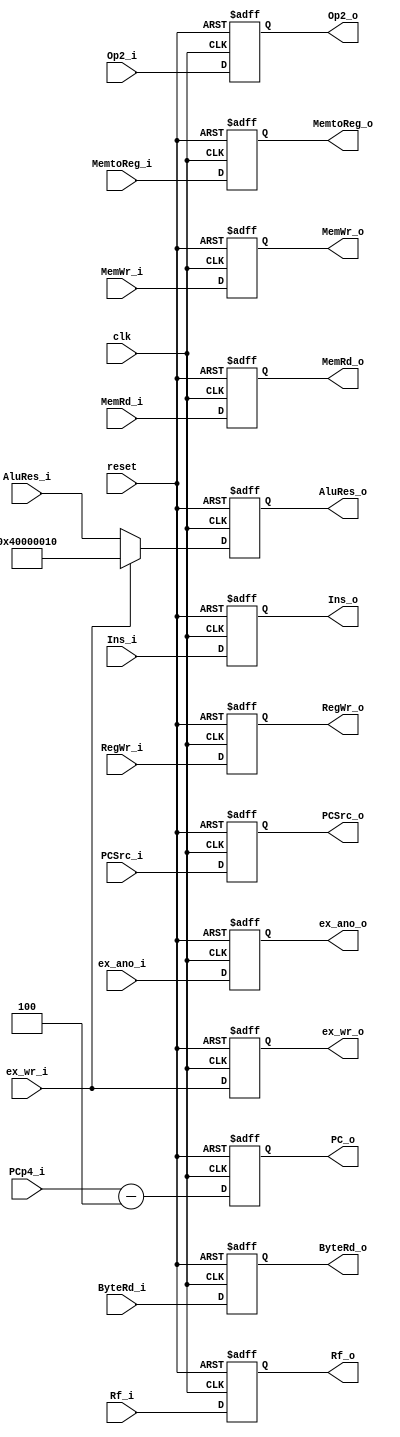
`timescale 1ns / 1ps
module RegEX_MEM(
    input reset, input clk, 
    // calculate
    input wire [31:0] AluRes_i,
    input wire [31:0] Op2_i,
    input wire [31:0] PCp4_i,
    // control
    input wire ex_wr_i,
    input wire [1:0] ex_ano_i,
    input MemWr_i, 
    input MemRd_i,
    input ByteRd_i,
    input wire [1:0] MemtoReg_i,
    input RegWr_i,
    input wire [1:0] PCSrc_i,
    // pipeline
    input wire [31:0] Ins_i,
    input wire [4:0] Rf_i,
    // =========================================
    output reg [31:0] AluRes_o,
    output reg [31:0] Op2_o,
    output reg [31:0] PC_o,
    output reg ex_wr_o,
    output reg [1:0] ex_ano_o,
    output reg MemWr_o, 
    output reg MemRd_o,
    output reg ByteRd_o,
    output reg [1:0] MemtoReg_o,
    output reg RegWr_o,
    output reg [1:0] PCSrc_o,
    output reg [4:0] Rf_o,
    output reg [31:0] Ins_o
    );
    
    always@(posedge reset or posedge clk) begin
        if (reset) begin
            AluRes_o <= 0;
            ex_wr_o <= 0;
            ex_ano_o <= 0;
            MemWr_o <= 0;
            MemRd_o <= 0;
            ByteRd_o <= 0;
            PC_o <= 0;
            MemtoReg_o <= 2'b00;
            RegWr_o <= 0;
            PCSrc_o <= 2'b00;
            Rf_o <= 0;
            Ins_o <= 0;
            Op2_o <= 0;
        end 
        else begin
            AluRes_o <= (ex_wr_i==1)?32'h40000010:AluRes_i;
            MemWr_o <= MemWr_i;
            MemRd_o <= MemRd_i;
            ByteRd_o <= ByteRd_i;
            PC_o <= PCp4_i -4;
            ex_wr_o <= ex_wr_i;
            ex_ano_o <= ex_ano_i;
            MemtoReg_o <= MemtoReg_i;
            RegWr_o <= RegWr_i;
            PCSrc_o <= PCSrc_i;
            Rf_o <= Rf_i;
            Ins_o <= Ins_i;
            Op2_o <= Op2_i;
        end
    end
endmodule